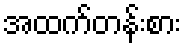
အထက်တန်းစား